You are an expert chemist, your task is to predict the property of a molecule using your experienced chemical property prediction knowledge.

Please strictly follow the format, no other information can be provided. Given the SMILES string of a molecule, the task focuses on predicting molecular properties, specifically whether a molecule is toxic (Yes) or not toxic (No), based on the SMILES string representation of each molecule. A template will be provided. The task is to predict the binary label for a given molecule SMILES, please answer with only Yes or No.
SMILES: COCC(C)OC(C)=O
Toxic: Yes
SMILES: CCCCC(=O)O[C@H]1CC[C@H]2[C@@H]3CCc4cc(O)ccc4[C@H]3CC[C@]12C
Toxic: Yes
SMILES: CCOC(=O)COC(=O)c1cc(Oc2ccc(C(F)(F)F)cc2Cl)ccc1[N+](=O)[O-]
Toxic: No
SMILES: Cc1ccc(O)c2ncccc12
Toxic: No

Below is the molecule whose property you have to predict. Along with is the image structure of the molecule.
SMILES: Cc1cccc([N+](=O)[O-])c1C
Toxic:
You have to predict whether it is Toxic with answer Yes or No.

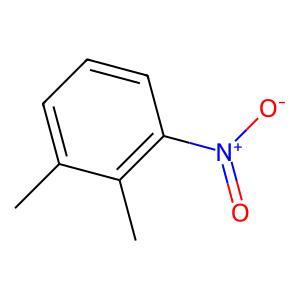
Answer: No